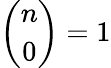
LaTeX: {\binom{n}{0}}=1